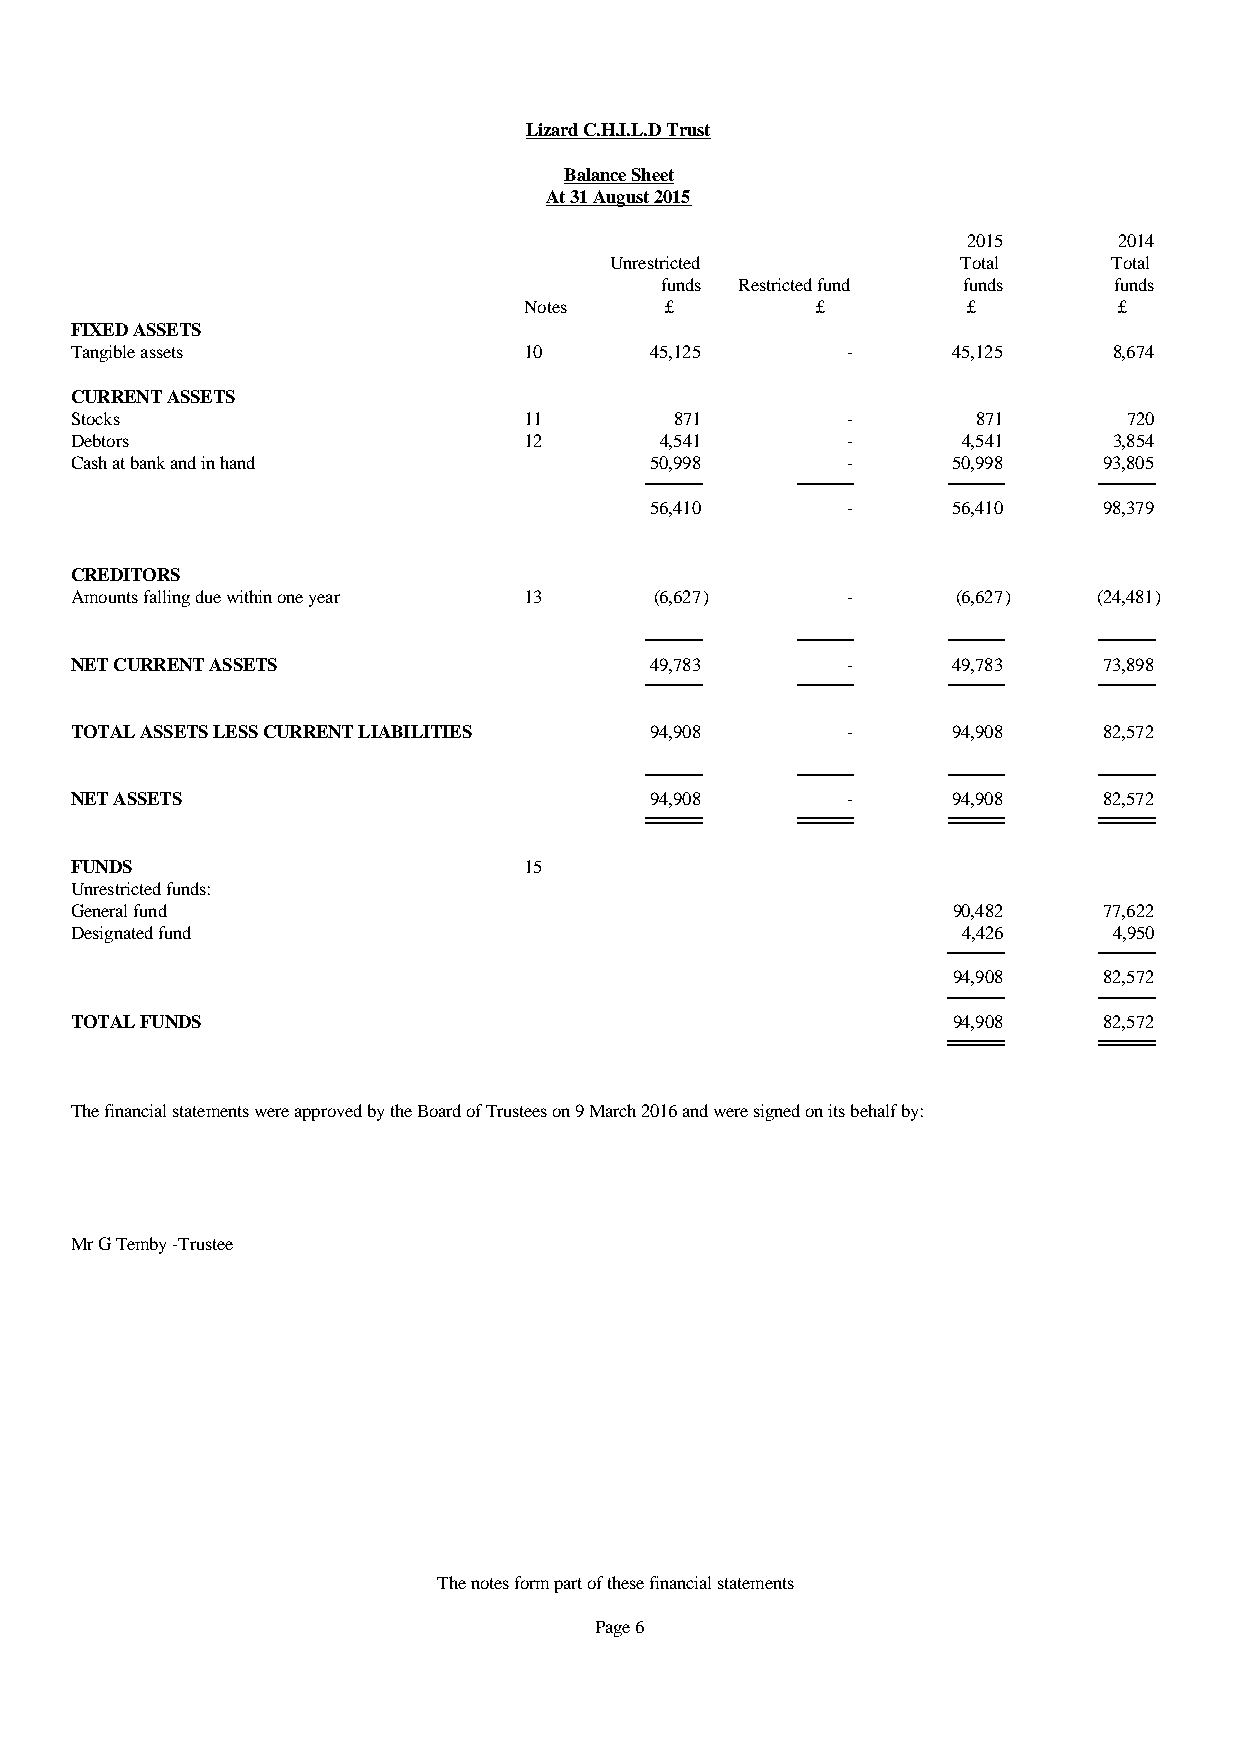
Lizard C.H.I.L.D Trust
 Balance Sheet
 At 31 August 2015
 2015      2014
 Unrestricted            Total     Total
 funds Restricted fund funds   funds
 Notes    £         £         £         £
 FIXED ASSETS
 Tangible assets               10      45,125       -      45,125     8,674
 CURRENT ASSETS
 Stocks                        11        871        -        871       720
 Debtors                       12       4,541       -       4,541     3,854
 Cash at bank and in hand              50,998       -      50,998    93,805
 56,410       -      56,410    98,379
 CREDITORS
 Amounts falling due within one year 13 (6,627)     -      (6,627)   (24,481)
 NET CURRENT ASSETS                    49,783       -      49,783    73,898
 TOTAL ASSETS LESS CURRENT LIABILITIES 94,908       -      94,908    82,572
 NET ASSETS                            94,908       -      94,908    82,572
 FUNDS                         15
 Unrestricted funds:
 General fund                                              90,482    77,622
 Designated fund                                            4,426     4,950
 94,908    82,572
 TOTAL FUNDS                                               94,908    82,572
 The financial statements were approved by the Board of Trustees on 9 March 2016 and were signed on its behalf by:
 Mr G Temby -Trustee
 The notes form part of these financial statements
 Page 6